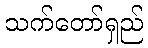
သက်တော်ရှည်